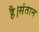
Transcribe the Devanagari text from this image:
है।संतान